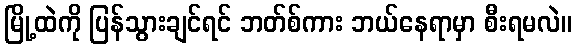
မြို့ထဲကို ပြန်သွားချင်ရင် ဘတ်စ်ကား ဘယ်နေရာမှာ စီးရမလဲ။